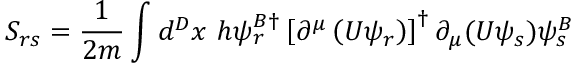
S _ { r s } = \frac { 1 } { 2 m } \int d ^ { D } x ~ h \psi _ { r } ^ { B \dagger } \left[ \partial ^ { \mu } \left( U \psi _ { r } \right) \right] ^ { \dagger } \partial _ { \mu } ( U \psi _ { s } ) \psi _ { s } ^ { B }